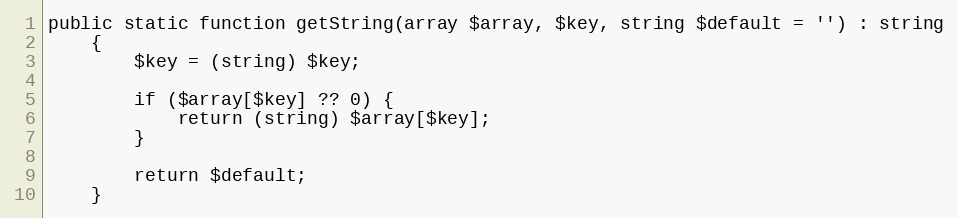
Language: PHP
public static function getString(array $array, $key, string $default = '') : string
    {
        $key = (string) $key;

        if ($array[$key] ?? 0) {
            return (string) $array[$key];
        }

        return $default;
    }